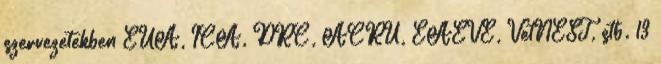
szervezetekben EUA, ICA, DRC, ACRU, EAEVE, VetNEST, stb. 13